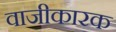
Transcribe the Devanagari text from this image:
वाजीकारक